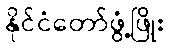
နိုင်ငံတော်ဖွံ့ဖြိုး